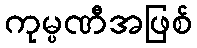
ကုမ္ပဏီအဖြစ်